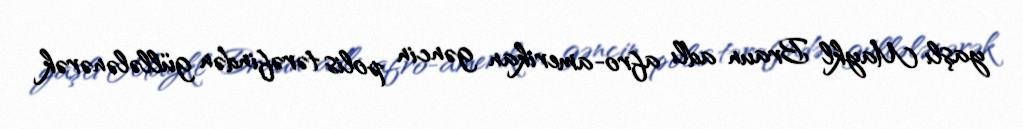
yaşlı Maykl Braun adlı afro-amerikan gəncin polis tərəfindən güllələnərək